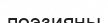
поэзияны